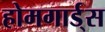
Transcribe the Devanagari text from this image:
होमगार्ड्‌स